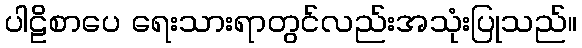
ပါဠိစာပေ ရေးသားရာတွင်လည်းအသုံးပြုသည်။